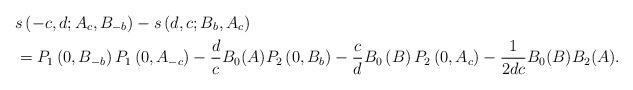
LaTeX: \begin{align*}& s\left( -c,d;A_{c},B_{-b}\right) -s\left( d,c;B_{b},A_{c}\right) \\& =P_{1}\left( 0,B_{-b}\right) P_{1}\left( 0,A_{-c}\right) -\frac{d}{c}B_{0}(A)P_{2}\left( 0,B_{b}\right) -\frac{c}{d}B_{0}\left( B\right)P_{2}\left( 0,A_{c}\right) -\frac{1}{2dc}B_{0}(B)B_{2}(A).\end{align*}